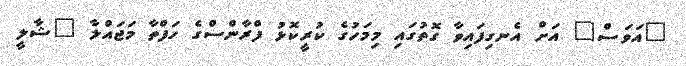
"އަވަސް" އަށް އެނގިފައިވާ ގޮތުގައި މިމަހުގެ ކުރީކޮޅު ފްރާންސްގެ ހަފްތާ މަޖައްލާ "ޝާލީ